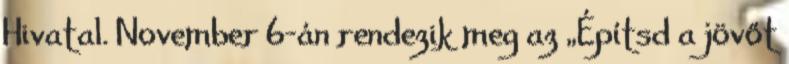
Hivatal. November 6-án rendezik meg az „Építsd a jövőt